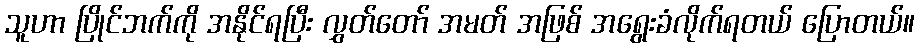
သူဟာ ပြိုင်ဘက်ကို အနိုင်ရပြီး လွှတ်တော် အမတ် အဖြစ် အရွေးခံလိုက်ရတယ် ပြောတယ်။